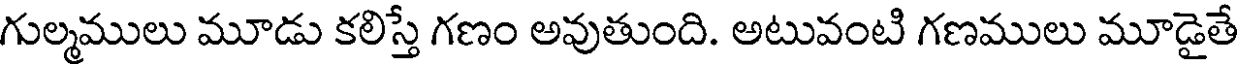
గుల్మములు మూడు కలిస్తే గణం అవుతుంది. అటువంటి గణములు మూడైతే